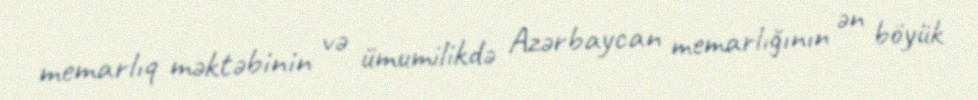
memarlıq məktəbinin və ümumilikdə Azərbaycan memarlığının ən böyük